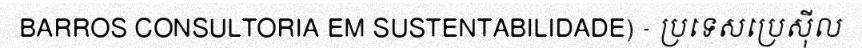
BARROS CONSULTORIA EM SUSTENTABILIDADE) - ប្រទេសប្រេស៊ីល